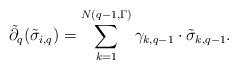
LaTeX: \begin{align*}\tilde{\partial}_q(\tilde{\sigma}_{i,q})=\sum_{k=1}^{N(q-1,\Gamma)}\gamma_{k,q-1}\cdot\tilde{\sigma}_{k,q-1}.\end{align*}